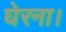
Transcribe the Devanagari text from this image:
घेरना।